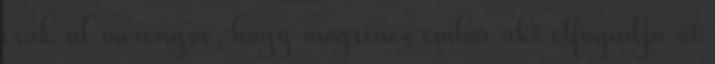
csak ül merengve, hogy mégsincs ember aki elfogadja őt